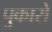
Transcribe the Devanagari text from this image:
पुकारो